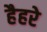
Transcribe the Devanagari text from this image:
हैहरे